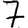
Digit: 7